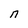
Character: t